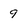
Character: 9